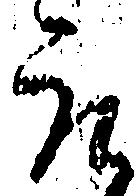
取